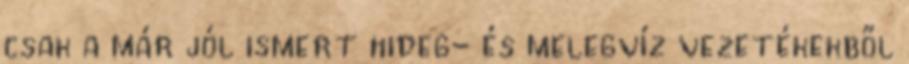
csak a már jól ismert hideg- és melegvíz vezetékekből